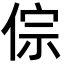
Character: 倧